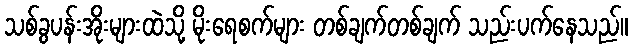
သစ်ခွပန်းအိုးများထဲသို့ မိုးရေစက်များ တစ်ချက်တစ်ချက် သည်းပက်နေသည်။